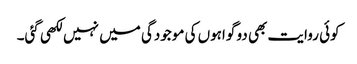
کوئی روایت بھی دو گواہوں کی موجودگی میں نہیں لکھی گئی۔